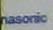
nasonic